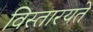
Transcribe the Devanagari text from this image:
विस्तारयते